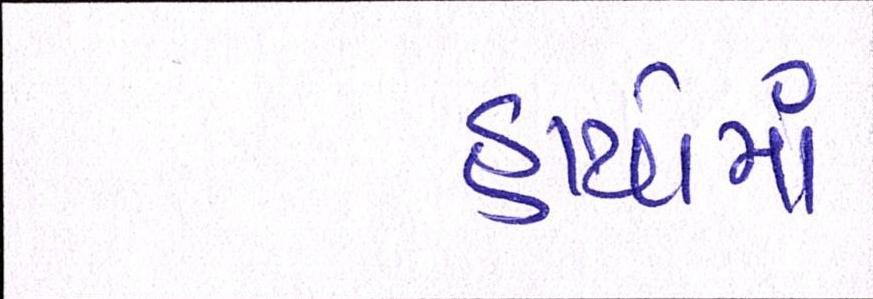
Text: હાથોમાં